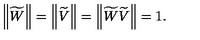
\left\| \widetilde { W } \right\| = \left\| \widetilde { V } \right\| = \left\| \widetilde { W } \widetilde { V } \right\| = 1 .